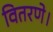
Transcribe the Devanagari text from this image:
वितरणे।